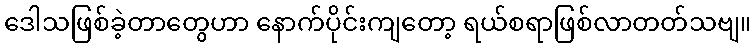
ဒေါသဖြစ်ခဲ့တာတွေဟာ နောက်ပိုင်းကျတော့ ရယ်စရာဖြစ်လာတတ်သဗျ။